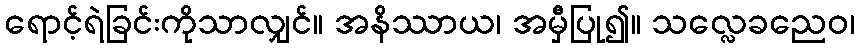
ရောင့်ရဲခြင်းကိုသာလျှင်။ အနိဿာယ၊ အမှီပြု၍။ သလ္လေခညေဝ၊